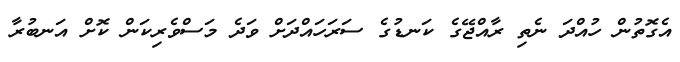
އެގޮތުން ހުއްދަ ނެތި ރާއްޖޭގެ ކަނޑުގެ ސަރަހައްދަށް ވަދެ މަސްވެރިކަން ކޮށް އަނބުރާ